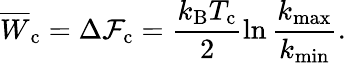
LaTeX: \overline{{W}}_{\mathrm{c}}=\Delta\mathcal{F}_{\mathrm{c}}=\frac{k_{\mathrm{B}}T_{\mathrm{c}}}{2}\ln\frac{k_{\mathrm{max}}}{k_{\mathrm{min}}}.